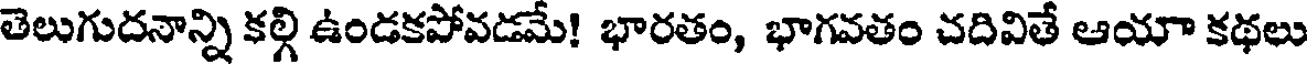
తెలుగుదనాన్ని కల్గి ఉండకపోవడమే! భారతం, భాగవతం చదివితే ఆయా కథలు